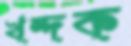
খন্দক